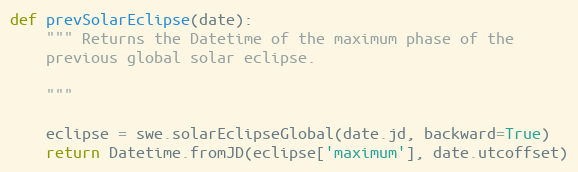
Language: Python
def prevSolarEclipse(date):
    """ Returns the Datetime of the maximum phase of the
    previous global solar eclipse.

    """

    eclipse = swe.solarEclipseGlobal(date.jd, backward=True)
    return Datetime.fromJD(eclipse['maximum'], date.utcoffset)